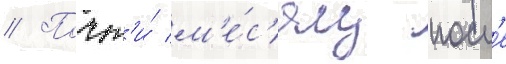
// Почт'и́ м'е́с'яц посл'е